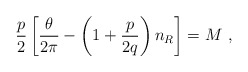
\begin{align*}{p\over 2} \left[{\theta\over 2\pi}-\left(1+{p\over 2q}\right) n_{R}\right] = M \,\,,\end{align*}